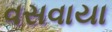
વસવાયા